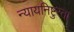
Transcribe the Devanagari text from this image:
न्यायनिष्टुरता